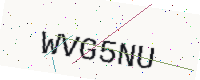
Text: WVG5NU